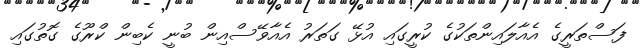
ފަސްތަރީގެ އެއާލައިންތަކުގެ ކުރީގައި އުޅޭ ގަތަރު އެއާވޭސްއިން ބުނީ ކެބިން ކްރޫގެ ގޮތުގައި